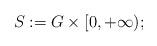
LaTeX: \begin{align*}S:=G\times [0, +\infty);\end{align*}